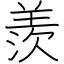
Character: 羨